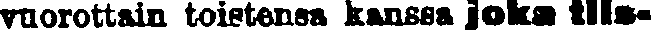
vuorottain toistensa kanssa joka tiis-